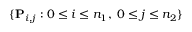
\{ \mathbf { P } _ { i , j } : 0 \leq i \leq n _ { 1 } , \; 0 \leq j \leq n _ { 2 } \}